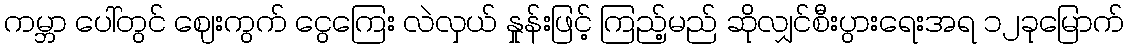
ကမ္ဘာ ပေါ်တွင် ဈေးကွက် ငွေကြေး လဲလှယ် နှုန်းဖြင့် ကြည့်မည် ဆိုလျှင်စီးပွားရေးအရ ၁၂ခုမြောက်